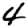
Digit: 4